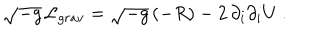
\sqrt { - g } \, { \cal L } _ { g r a v } = \sqrt { - g } \, ( - R ) - 2 \, \partial _ { i } \partial _ { i } U \ .